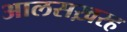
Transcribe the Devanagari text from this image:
आलसख़रह